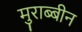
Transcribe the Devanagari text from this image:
मुराब्बीन